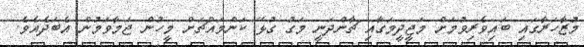
މުޒާހަރާގައި ބައިވެރިވުމަށް މަޖީދީމަގާއި ޗާންދަނީ މަގު ގުޅޭ ކަންމައްޗަށް މީހުން ޖަމާވަމުން އެބަދެއެވެ.